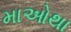
માઓથા